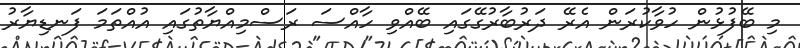
މި ބޭފުޅުން ހުވާކުރަން އެރޭ ދަރުބާރުގޭގައި ބޭއްވި ހާއްސަ ރަސްމިއްޔާތުގައި އުއްތަމަ ފަނޑިޔާރު